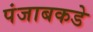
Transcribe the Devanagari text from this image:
पंजाबकडे